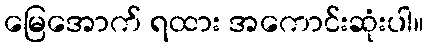
မြေအောက် ရထား အကောင်းဆုံးပါ။